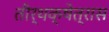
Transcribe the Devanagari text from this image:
तीर्थक्षेत्रास